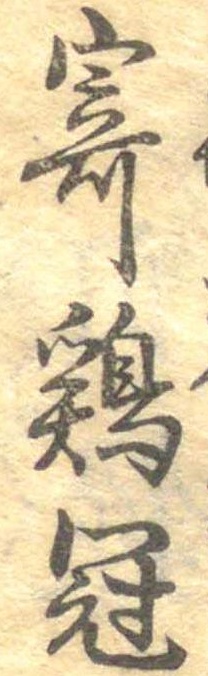
寄鶏冠